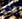
الذي